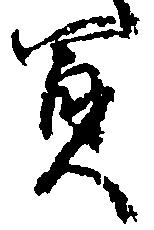
買